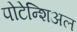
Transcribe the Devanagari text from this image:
पोटेन्शिअल